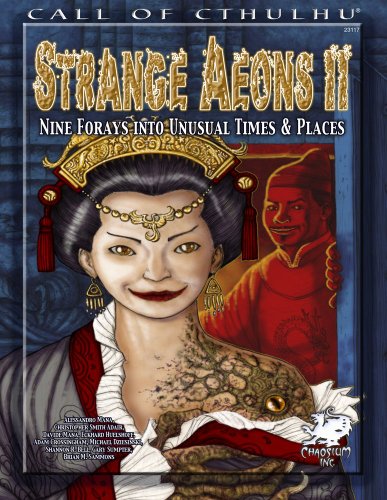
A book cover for Strange Aeons II: Nine Adventures in Unusual Times & Places (Call of Cthulhu Roleplaying); Christopher Smith Adair; Science Fiction & Fantasy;